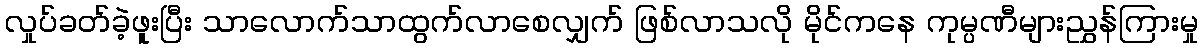
လှုပ်ခတ်ခဲ့ဖူးပြီး သာလောက်သာထွက်လာစေလျှက် ဖြစ်လာသလို မိုင်ကနေ ကုမ္ပဏီများညွှန်ကြားမှု